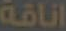
اناقة